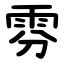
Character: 雰